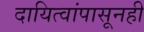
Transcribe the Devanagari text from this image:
दायित्वांपासूनही